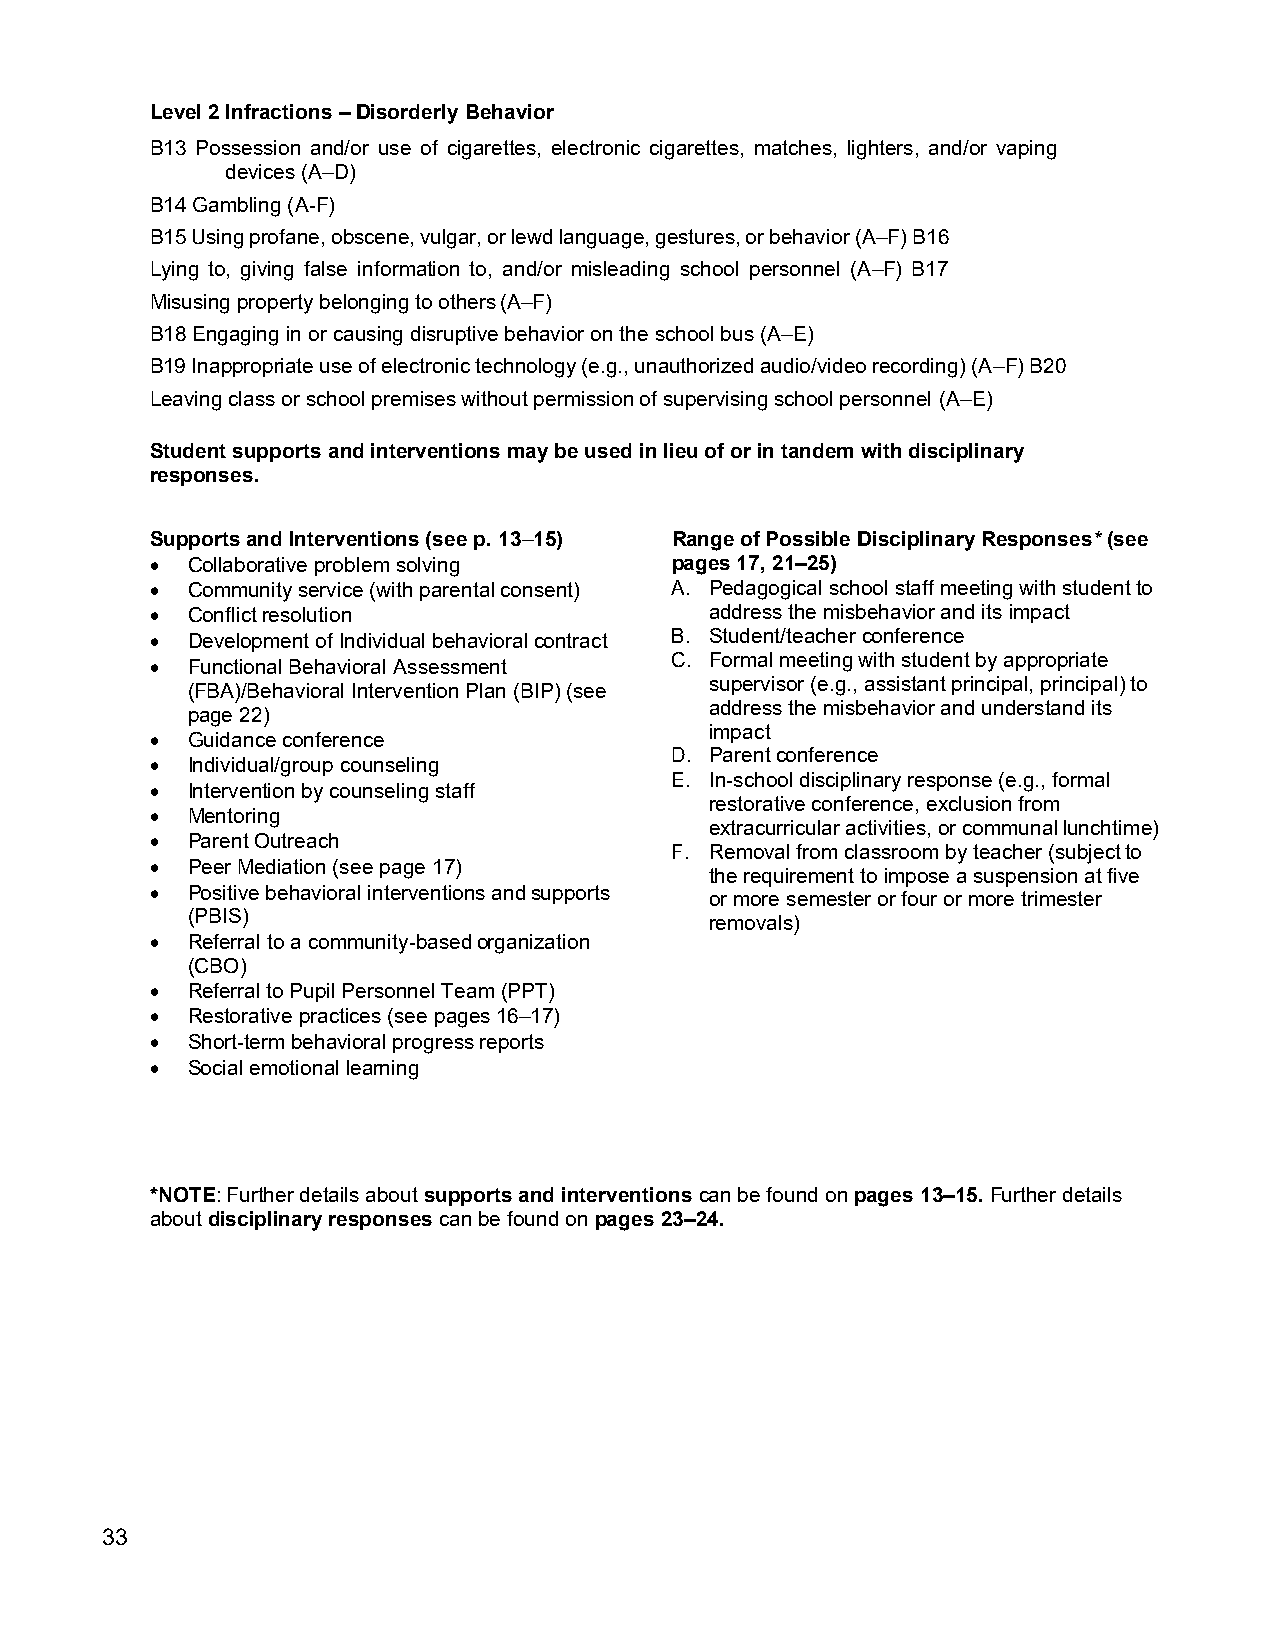
Level 2 Infractions – Disorderly Behavior
 B13 Possession and/or use of cigarettes, electronic cigarettes, matches, lighters, and/or vaping
 devices (A–D)
 B14 Gambling (A-F)
 B15 Using profane, obscene, vulgar, or lewd language, gestures, or behavior (A–F) B16
 Lying to, giving false information to, and/or misleading school personnel (A–F) B17
 Misusing property belonging to others (A–F)
 B18 Engaging in or causing disruptive behavior on the school bus (A–E)
 B19 Inappropriate use of electronic technology (e.g., unauthorized audio/video recording) (A–F) B20
 Leaving class or school premises without permission of supervising school personnel (A–E)
 Student supports and interventions may be used in lieu of or in tandem with disciplinary
 responses.
 Supports and Interventions (see p. 13–15) Range of Possible Disciplinary Responses* (see
 • Collaborative problem solving   pages 17, 21–25)
 • Community service (with parental consent) A. Pedagogical school staff meeting with student to
 • Conflict resolution                address the misbehavior and its impact
 • Development of Individual behavioral contract B. Student/teacher conference
 C. Formal meeting with student by appropriate
 • Functional Behavioral Assessment
 supervisor (e.g., assistant principal, principal) to
 (FBA)/Behavioral Intervention Plan (BIP) (see
 address the misbehavior and understand its
 page 22)
 impact
 • Guidance conference
 D. Parent conference
 • Individual/group counseling
 E. In-school disciplinary response (e.g., formal
 • Intervention by counseling staff
 restorative conference, exclusion from
 • Mentoring
 extracurricular activities, or communal lunchtime)
 • Parent Outreach
 F. Removal from classroom by teacher (subject to
 • Peer Mediation (see page 17)
 the requirement to impose a suspension at five
 • Positive behavioral interventions and supports
 or more semester or four or more trimester
 (PBIS)
 removals)
 • Referral to a community-based organization
 (CBO)
 • Referral to Pupil Personnel Team (PPT)
 • Restorative practices (see pages 16–17)
 • Short-term behavioral progress reports
 • Social emotional learning
 *NOTE: Further details about supports and interventions can be found on pages 13–15. Further details
 about disciplinary responses can be found on pages 23–24.
 33